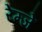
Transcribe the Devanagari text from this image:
रेम्जे